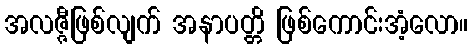
အလဇ္ဇီဖြစ်လျက် အနာပတ္တိ ဖြစ်ကောင်းအံ့လော။